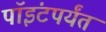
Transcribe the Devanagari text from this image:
पॉइंटपर्यंत